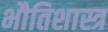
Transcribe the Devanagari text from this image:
भौतिशास्त्र